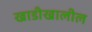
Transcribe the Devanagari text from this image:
खाडीखालील